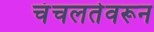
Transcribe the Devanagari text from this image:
चंचलतेवरून